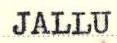
JALLU